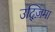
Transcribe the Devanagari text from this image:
उद्ज़िमा